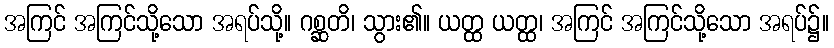
အကြင် အကြင်သို့သော အရပ်သို့။ ဂစ္ဆတိ၊ သွား၏။ ယတ္ထ ယတ္ထ၊ အကြင် အကြင်သို့သော အရပ်၌။